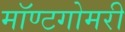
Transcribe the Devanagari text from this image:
मॉण्टगोमरी